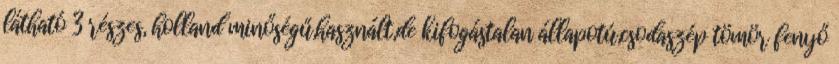
látható 3 részes, holland minőségű,használt,de kifogástalan állapotú,csodaszép tömör fenyő